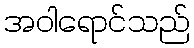
အဝါရောင်သည်